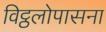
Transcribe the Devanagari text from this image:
विट्ठलोपासना